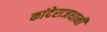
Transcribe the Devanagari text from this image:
कांदेराजधानी